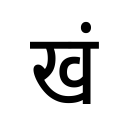
OCR:
खं